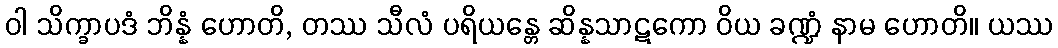
ဝါ သိက္ခာပဒံ ဘိန္နံ ဟောတိ, တဿ သီလံ ပရိယန္တေ ဆိန္နသာဋကော ဝိယ ခဏ္ဍံ နာမ ဟောတိ။ ယဿ